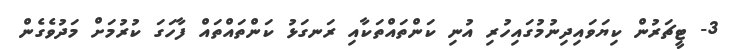
3- ޓީޗަރުން ކިޔަވައިދިނުމުގައިހުރި އުނި ކަންތައްތަކާއި ރަނގަޅު ކަންތައްތައް ފާހަގަ ކުރުމަށް މަދުވެގެން